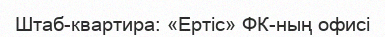
Штаб-квартира: «Ертіс» ФК-ның офисі